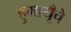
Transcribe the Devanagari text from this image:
हुमायूँचे